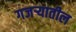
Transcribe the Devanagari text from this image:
गजर्‍यातील